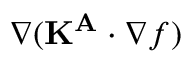
\nabla ( \mathbf { K ^ { A } } \cdot \nabla f )